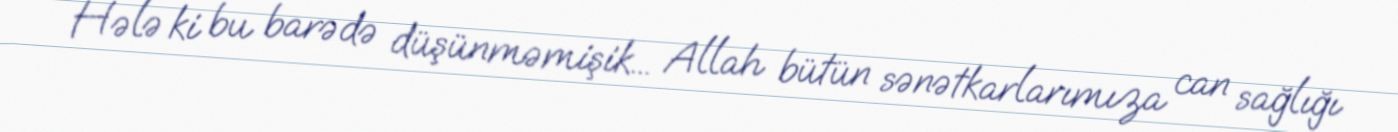
Hələ ki bu barədə düşünməmişik... Allah bütün sənətkarlarımıza can sağlığı